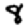
Digit: 8